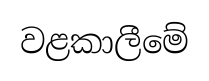
වළකාලීමේ